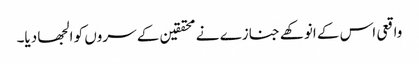
واقعی اس کے انوکھے جنازے نے محققین کے سروں کو الجھا دیا۔